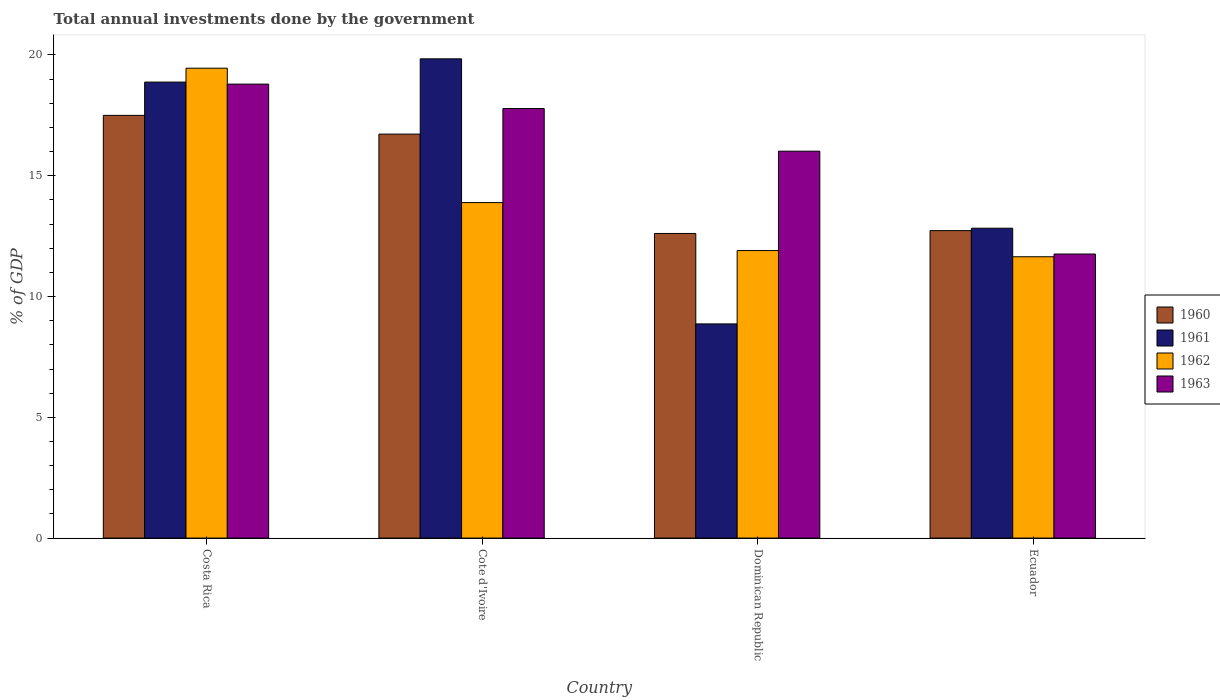
| Country | 1960 | 1961 | 1962 | 1963 |
 | --- | --- | --- | --- | --- |
 | Costa Rica | 17.5 | 18.9 | 19.5 | 18.8 |
 | Cote d'Ivoire | 16.7 | 19.8 | 13.9 | 17.8 |
 | Dominican Republic | 12.6 | 8.87 | 11.9 | 16 |
 | Ecuador | 12.7 | 12.8 | 11.6 | 11.8 |